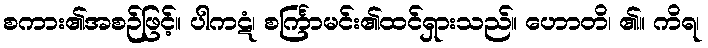
စကား၏အစဉ်ဖြင့်။ ပါကဋံ၊ စင်္ကြာမင်း၏ထင်ရှားသည်။ ဟောတိ၊ ၏။ ကိရ၊